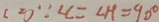
( 2 ) \because = \angle C = \angle H = 9 0 ^ { \circ }